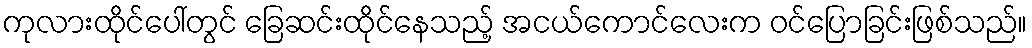
ကုလားထိုင်ပေါ်တွင် ခြေဆင်းထိုင်နေသည့် အငယ်ကောင်လေးက ဝင်ပြောခြင်းဖြစ်သည်။